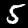
Digit: 5